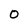
Character: 0